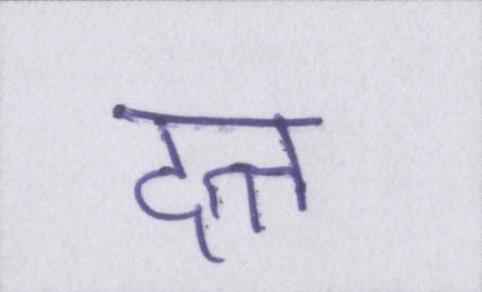
दत्त